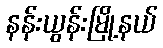
နန်းယွန်းမြို့နယ်